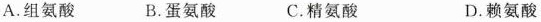
A. 组氨酸 B. 蛋氨酸 C. 精氨酸 D. 赖氨酸